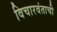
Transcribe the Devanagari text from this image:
विचारवंताची